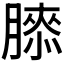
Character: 𰯌